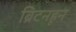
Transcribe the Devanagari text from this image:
ब्रिटनहून